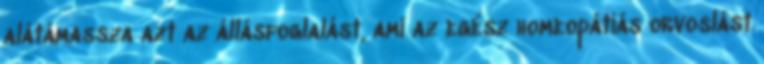
alátámassza azt az állásfoglalást, ami az egész homeopátiás orvoslást